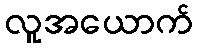
လူအယောက်